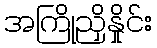
အကြိုညှိနှိုင်း